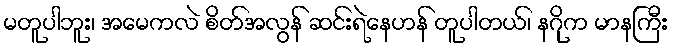
မတူပါဘူး၊ အမေကလဲ စိတ်အလွန် ဆင်းရဲနေဟန် တူပါတယ်၊ နဂိုက မာနကြီး